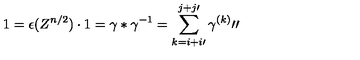
1 = \epsilon ( Z ^ { n / 2 } ) \cdot 1 = \gamma \ast \gamma ^ { - 1 } = \sum _ { k = i + i \prime } ^ { j + j \prime } \gamma ^ { ( k ) } \prime \prime